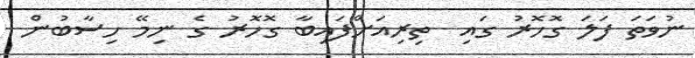
ނުވަތަ ފަލަ ގޮހޮރު ގައި  ތިރިއަށްފައިބާ ގޮހޮރު ގެ ނިމޭ ހިސާބުން